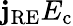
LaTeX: \mathbf{j}_{\mathrm{{RE}}}E_{\mathrm{{c}}}